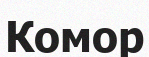
Комор